Manual of the Civil Veterinary Department, Central Provinces and Berar
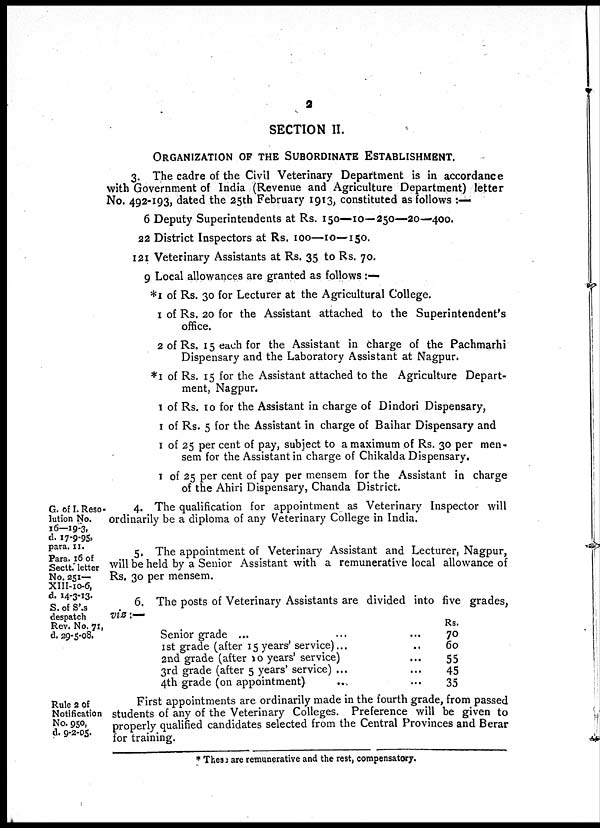
2
SECTION II.
ORGANIZATION OF THE SUBORDINATE ESTABLISHMENT.
3. The cadre of the Civil Veterinary Department is in accordance
with Government of India (Revenue and Agriculture Department) letter
No. 492-193, dated the 25th February 1913, constituted as follows:—
6 Deputy Superintendents at Rs. 150—10—250—20—400.
22 District Inspectors at Rs. 100—10—150.
121 Veterinary Assistants at Rs. 35 to Rs. 70.
9 Local allowances are granted as follows:—
*1 of Rs. 30 for Lecturer at the Agricultural College.
1 of Rs. 20 for the Assistant attached to the Superintendent's
office.
2 of Rs. 15 each for the Assistant in charge of the Pachmarhi
Dispensary and the Laboratory Assistant at Nagpur.
*1 of Rs. 15 for the Assistant attached to the Agriculture Depart-
ment, Nagpur.
1 of Rs. 10 for the Assistant in charge of Dindori Dispensary,
1 of Rs. 5 for the Assistant in charge of Baihar Dispensary and
1 of 25 per cent of pay, subject to a maximum of Rs. 30 per men-
sem for the Assistant in charge of Chikalda Dispensary.
1 of 25 per cent of pay per mensem for the Assistant in charge
of the Ahiri Dispensary, Chanda District.
G. of I. Reso-
lution No.
16—19-3,
d. 17-9-95,
para. 11.
Para. 16 of
Sectt. letter
No. 251—
XIII-10-6,
d. 14-3-13.
S. of S'.s
despatch
Rev. No. 71,
d. 29-5-08.
4. The qualification for appointment as Veterinary Inspector will
ordinarily be a diploma of any Veterinary College in India.
5. The appointment of Veterinary Assistant and Lecturer, Nagpur,
will be held by a Senior Assistant with a remunerative local allowance of
Rs. 30 per mensem.
6. The posts of Veterinary Assistants are divided into five grades,
viz:—
Senior grade ...
1st grade (after 15 years' service)...
2nd grade (after 10 years' service)
3rd grade (after 5 years' service) ...
4th grade (on appointment)
Rs.
... 70
... 60
... 55
... 45
... 35
Rule 2 of
Notification
No. 950,
d. 9-2-05.
First appointments are ordinarily made in the fourth grade, from passed
students of any of the Veterinary Colleges. Preference will be given to
properly qualified candidates selected from the Central Provinces and Berar
for training.
* These are remunerative and the rest, compensatory.